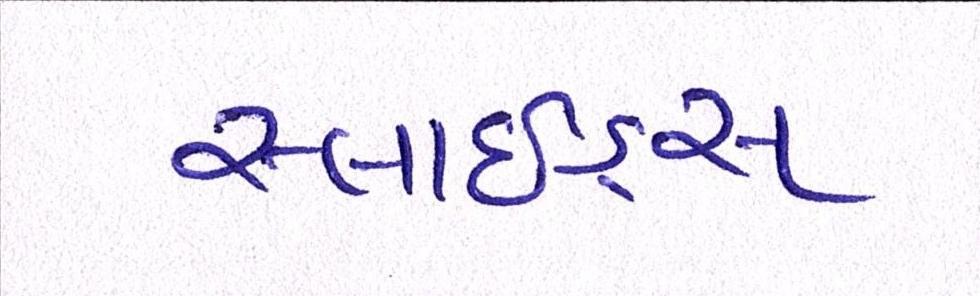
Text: સ્લાઇડ્સ